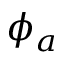
\phi _ { a }